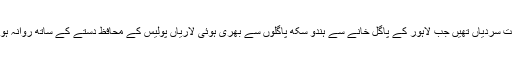
سخت سردیاں تھیں جب لاہور کے پاگل خانے سے ہندو سِکھ پاگلوں سے بھری ہوئی لاریاں پولیس کے محافظ دستے کے ساتھ روانہ ہوئیں۔